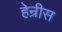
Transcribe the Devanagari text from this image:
हेन्रीस